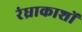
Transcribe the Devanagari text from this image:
रंध्राकाशों